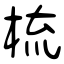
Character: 梳